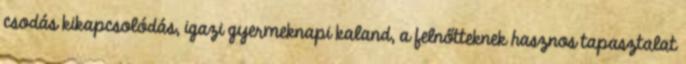
csodás kikapcsolódás, igazi gyermeknapi kaland, a felnőtteknek hasznos tapasztalat